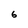
Character: 6